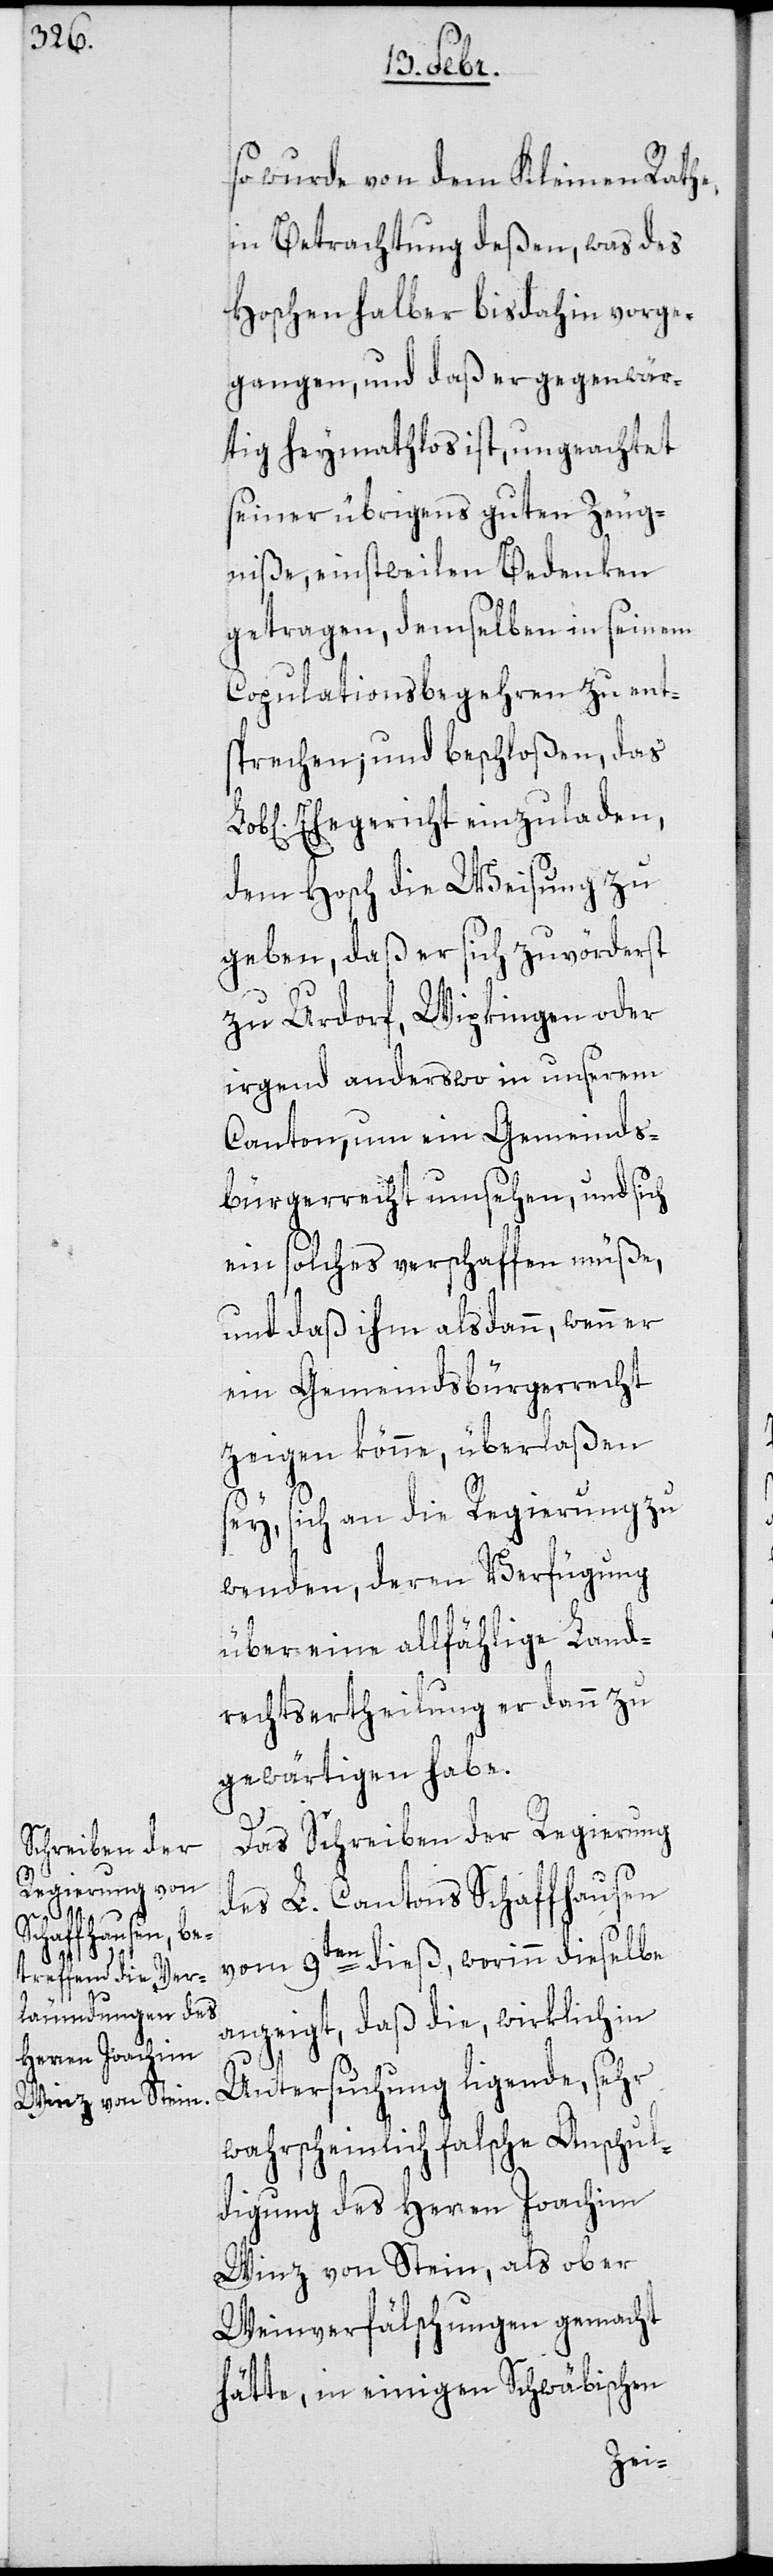
so wurde von dem Kleinen Rathe,
in Betrachtung deßen, was des
Hoschen halber bis dahin vorge¬
gangen, und daß er gegenwär¬
tig heymathlos ist, ungeachtet
seiner übrigens guten Zeug¬
niße, einstweilen Bedenken
getragen, demselben in seinem
Copulationsbegehren zu ent¬
sprechen; und beschloßen, das
Ehegericht einzuladen,
dem Hosch die Weisung zu
geben, daß er sich zuvörderst
zu Urdorf, Wipkingen oder
irgend anderswo in unserem
Canton, um ein Gemeinds¬
bürgerrecht umsehen, und sich
ein solches verschaffen müße,
und daß ihm alsdann, wenn er
ein Gemeindsbürgerrecht
zeigen könne, überlaßen
sey, sich an die Regierung zu
wenden, deren Verfügung
über eine allfählige Land¬
rechtsertheilung er dann zu
gewärtigen habe.
Das Schreiben der Regierung
des L. Cantons Schaffhausen
vom 9ten dieß, worinn dieselbe
anzeigt, daß die, wirklich in
Untersuchung ligende, sehr
wahrscheinlich falsche Anschul¬
digung des Herren Joachim
Winz von Stein, als ob er
Weinverfälschungen gemacht
hätte, in einigen Schwäbischen